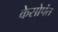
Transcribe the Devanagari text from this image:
केसोपंत